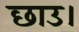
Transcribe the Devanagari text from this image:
छाउ।